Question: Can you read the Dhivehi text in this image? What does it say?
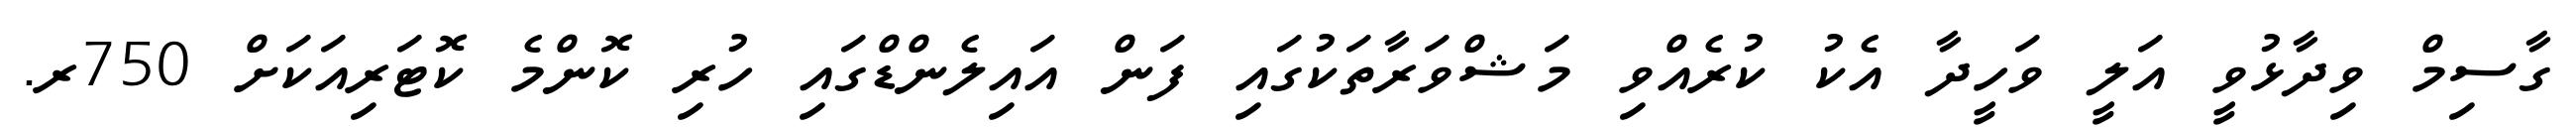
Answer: ގާސިމް ވިދާޅުވީ އަލީ ވަހީދާ އެކު ކުރެއްވި މަޝްވަރާތަކުގައި ފަން އައިލެންޑްގައި ހުރި ކޮންމެ ކޮޓަރިއަކަށް 750ރ.